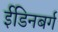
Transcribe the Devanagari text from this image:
ईडिनबर्ग